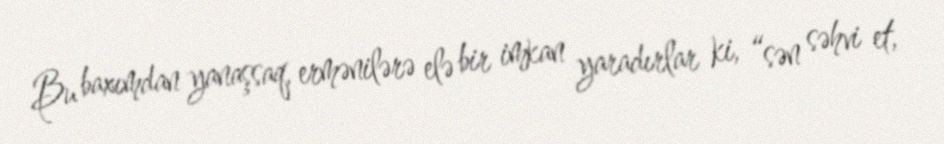
Bu baxımdan yanaşsaq, ermənilərə elə bir imkan yaradırlar ki, “sən səhvi et,